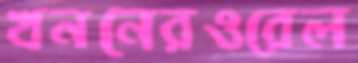
খননেরওরেল